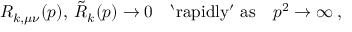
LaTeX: R _ { k , \mu \nu } ( p ) , \: \tilde { R } _ { k } ( p ) \to 0 \quad \mathrm { ` r a p i d l y ^ { \prime } ~ a s } \quad p ^ { 2 } \to \infty \: ,